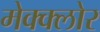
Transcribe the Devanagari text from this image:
मेक्क्लोर